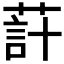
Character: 𦵗